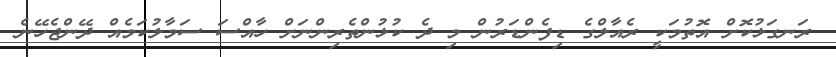
ރަނގަޅުކޮށް އޮތުމަކީ ރެއާލްގެ ޑިފެންޑަރުން މި ދެ ކުޅުންތެރިންނަށް ހާއްސަ ސަމާލުކަމެއް ދޭންޖެހޭނެ